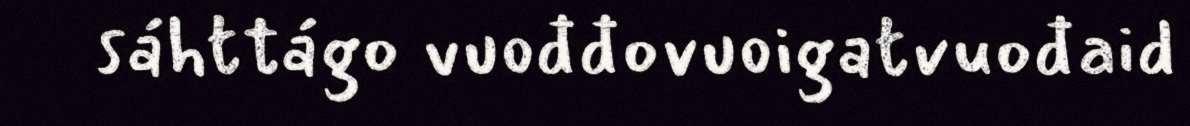
sáhttágo vuođđovuoigatvuođaid